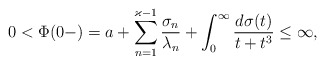
\begin{align*} 0<\Phi(0-) = a + \sum_{n=1}^{\varkappa-1}\frac{\sigma_n}{\lambda_n} + \int_0^\infty\frac{d\sigma(t)}{t+t^3}\le\infty, \end{align*}